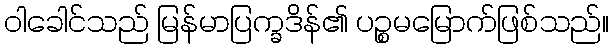
ဝါခေါင်သည် မြန်မာပြက္ခဒိန်၏ ပဉ္စမမြောက်ဖြစ်သည်။